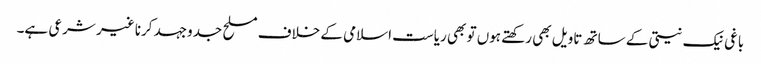
باغی نیک نیتی کے ساتھ تاویل بھی رکھتے ہوں تو بھی ریاست اسلامی کے خلاف مسلح جدوجہد کرنا غیر شرعی ہے۔